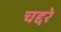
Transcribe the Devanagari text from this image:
चद्दरे